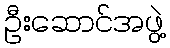
ဦးဆောင်အဖွဲ့